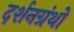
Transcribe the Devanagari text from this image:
दर्शनग्रंथों